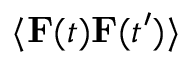
\langle \mathbf { { F } } ( t ) \mathbf { { F } } ( t ^ { \prime } ) \rangle